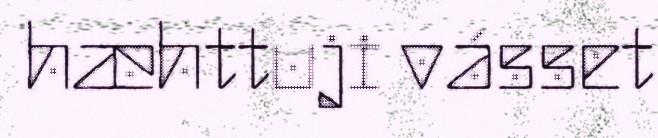
hæhttuji vásset